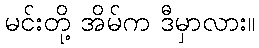
မင်းတို့ အိမ်က ဒီမှာလား။